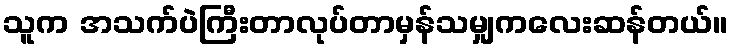
သူက အသက်ပဲကြီးတာလုပ်တာမှန်သမျှကလေးဆန်တယ်။